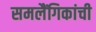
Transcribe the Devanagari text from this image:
समलैंगिकांची